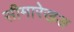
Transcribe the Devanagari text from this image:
सीमारेखअ